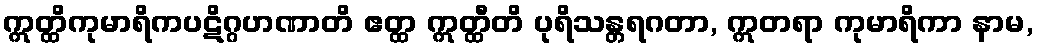
ဣတ္ထိကုမာရိကပဋိဂ္ဂဟဏာတိ ဧတ္ထ ဣတ္ထီတိ ပုရိသန္တရဂတာ, ဣတရာ ကုမာရိကာ နာမ,